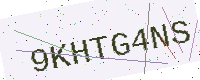
Text: 9KHTG4NS